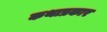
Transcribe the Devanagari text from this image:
कथाप्रकार